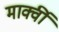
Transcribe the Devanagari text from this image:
मार्क्वी